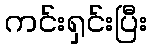
ကင်းရှင်းပြီး